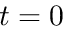
t = 0